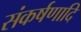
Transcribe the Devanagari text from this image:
संकर्षणादि